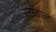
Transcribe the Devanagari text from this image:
रसताल